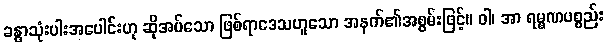
ခန္ဓာသုံးပါးအပေါင်းဟု ဆိုအပ်သော ဖြစ်ရာဒေသဟူသော အနက်၏အစွမ်းဖြင့်။ ဝါ၊ အာ ရမ္မဏပစ္စည်း